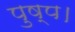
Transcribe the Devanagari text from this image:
पुष्प।